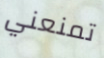
تمنعني